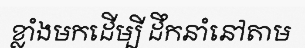
ខ្លាំងមកដើម្បី ដឹកនាំនៅតាម